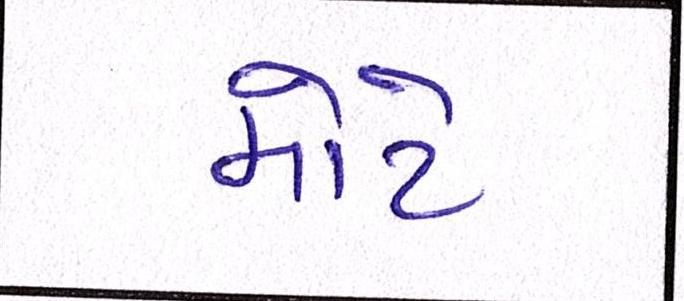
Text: મોટે